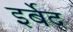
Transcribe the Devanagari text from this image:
इर्बेद